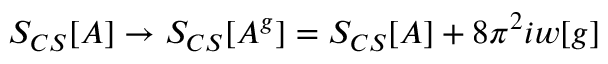
S _ { C S } [ A ] \to S _ { C S } [ A ^ { g } ] = S _ { C S } [ A ] + 8 \pi ^ { 2 } i w [ g ]